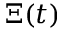
\Xi ( t )